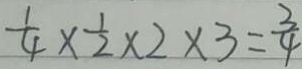
\frac { 1 } { 4 } \times \frac { 1 } { 2 } \times 2 \times 3 = \frac { 3 } { 4 }